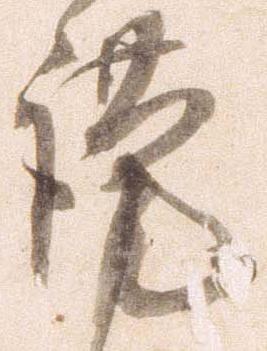
謹